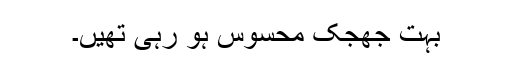
بہت جھجک محسوس ہو رہی تھیں۔